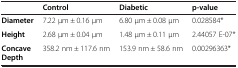
|  | Control | Diabetic | p-value |
 | --- | --- | --- | --- |
 | Diameter | 7.22 μm ± 0.16 μm | 6.80 μm ± 0.08 μm | 0.028584* |
 | Height | 2.68 μm ± 0.04 μm | 1.48 μm ± 0.11 μm | 2.44057 E-07* |
 | Concave Depth | 358.2 nm ± 117.6 nm | 153.9 nm ± 58.6 nm | 0.00296363* |